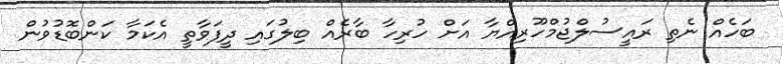
ބަހެއް ނެތި ރައީސުލްޖުމްހޫރިއްޔާ އަށް ހުރިހާ ބާރެއް ބިލުގައި ދީފަވާތީ އެކަމާ ކަންބޮޑުވުން